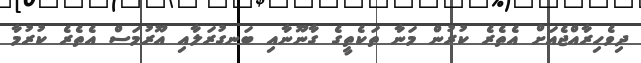
ދިވެހިރާއްޖެއަށް އެތެރެ ކުރުން މަނާ ތަކެތީގެ ގާނޫނާއި ބަނގުރަލާއި އޫރުމަސް އެތެރެ ކުރުމާ